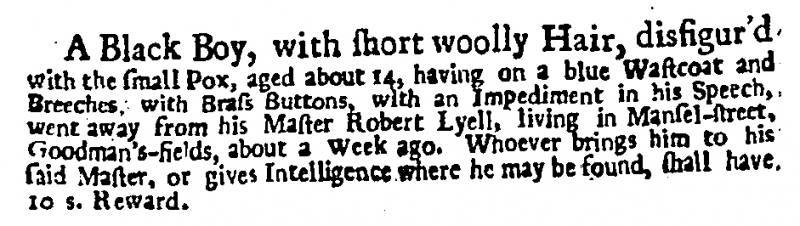
Daily Post, 17 April 1724 (England)
A Black Boy, with short woolly Hair, disfigur’d with the small Pox, aged about 14, having on a blue Wastcoat and Breeches, with Brass Buttons, with an Impediment in his Speech, went away from his Master Robert Lyell, living in Mansel-street, Goodman’s-fields, about a Week ago. Whoever brings him to his said Master, or gives Intelligence where he may be found, shall have 10 s. Reward.